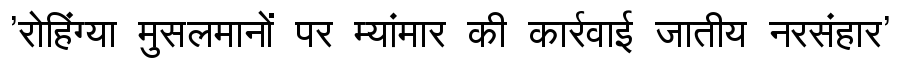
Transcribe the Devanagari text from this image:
'रोहिंग्या मुसलमानों पर म्यांमार की कार्रवाई जातीय नरसंहार'